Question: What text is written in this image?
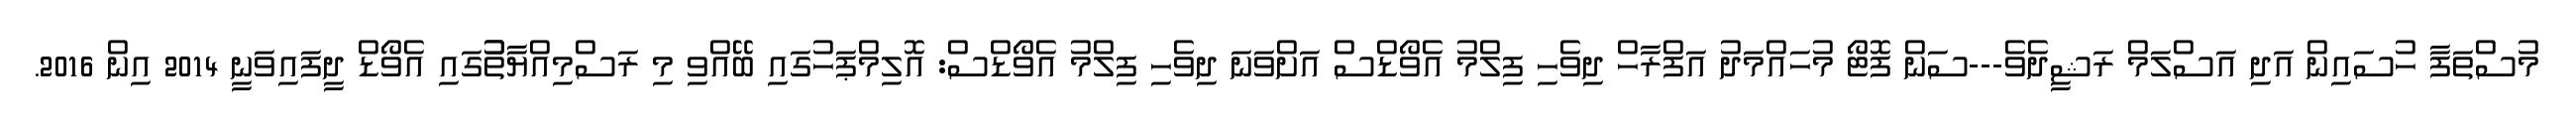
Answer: މުސްތަފާ ހުސައިން އަދި އަސްލަމް ރަޝީދެވެ---ސަން ފޮޓޯ މުހައްމަދު އަފްރާހް ދިވެހި ފިލްމު އެވޯޑްސް އަށްވަނަ ދިވެހި ފިލްމު އެވޯޑްސް: އޮލިމްޕަހުގައި ބޭއްވި މި ރަސްމިއްޔާތުުގައި އެވޯޑް ދީފައިވަނީ 2014 އިން 2016.